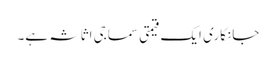
جانکاری ایک قیمتی سماجی اثاثہ ہے۔